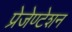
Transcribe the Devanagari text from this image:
प्रेजेण्टेशन